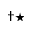
^ { \dag \star }